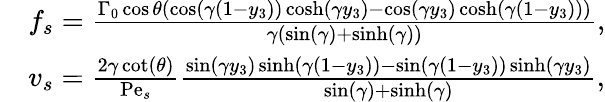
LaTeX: \begin{array}{rl}&{f_{s}=\frac{\Gamma_{0}\cos\theta(\cos(\gamma(1-y_{3}))\cosh(\gamma y_{3})-\cos(\gamma y_{3})\cosh(\gamma(1-y_{3})))}{\gamma(\sin(\gamma)+\sinh(\gamma))},}\\ &{v_{s}=\frac{2\gamma\cot(\theta)}{\mathrm{Pe}_{s}}\frac{\sin(\gamma y_{3})\sinh(\gamma(1-y_{3}))-\sin(\gamma(1-y_{3}))\sinh(\gamma y_{3})}{\sin(\gamma)+\sinh(\gamma)},}\end{array}